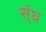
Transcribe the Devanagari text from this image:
स्ंघ